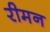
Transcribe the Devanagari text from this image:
रीमन